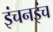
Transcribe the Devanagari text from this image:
इंचनइंच